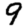
Digit: 9